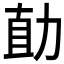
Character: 𱐱